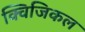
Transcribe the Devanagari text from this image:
क्विजिकल